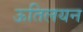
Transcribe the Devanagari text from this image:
ऊतिलयन